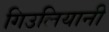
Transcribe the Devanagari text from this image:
गिउलियानी